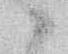
候